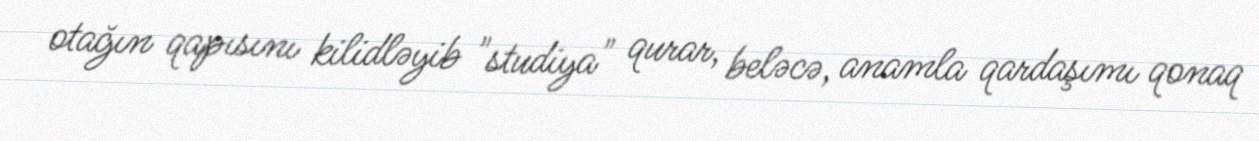
otağın qapısını kilidləyib "studiya" qurar, beləcə, anamla qardaşımı qonaq